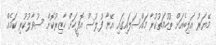
މޭޔަރު އަލިބެއަށް ތުހުމަތުކުރާ މައްސަލައިގައި އޭނާ ފުލުސް އޮފީހަށް ހާޒިރުކޮށް ސުވާލުކުރި ކަމެއް